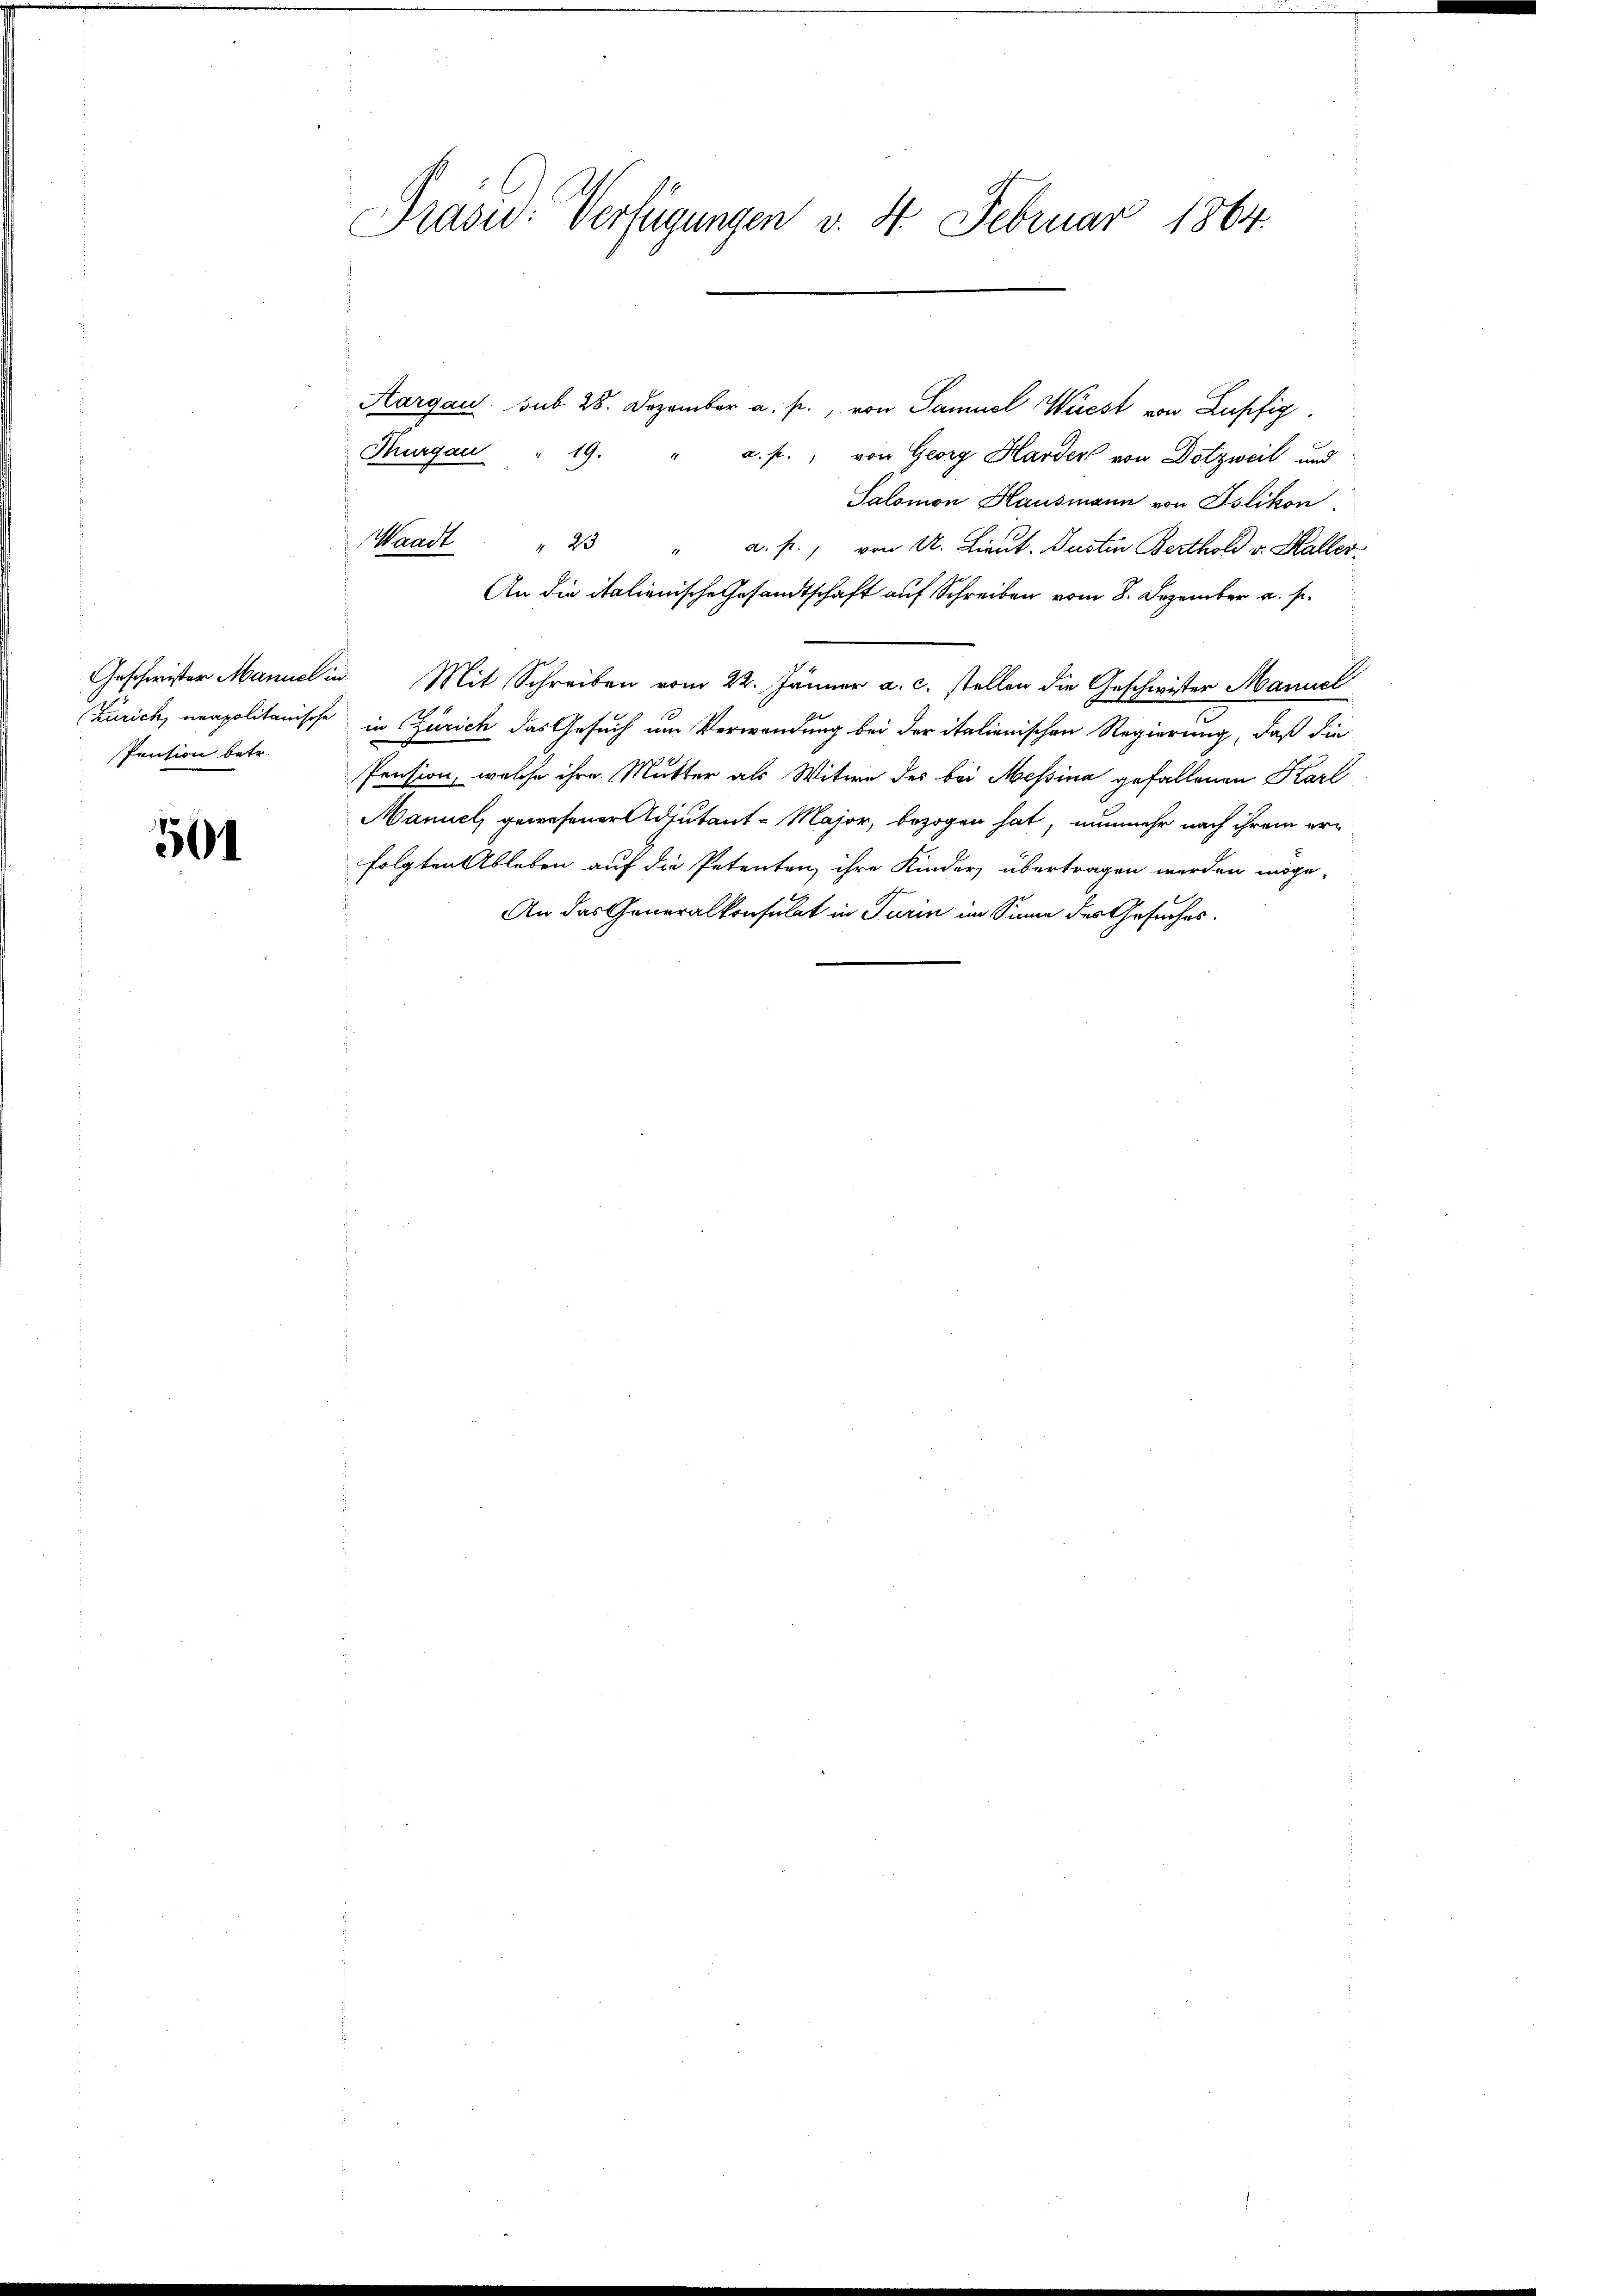
Pension betr.

501

Präsid. Verfügungen v. 4. Februar 1864.

Aargau sub 28. Dezember a. p., von Samuel Wüest von Lupfig
Thurgau " 19. " a. f., von Georg Harden von Dotzweil und
Salomon Hausmann von Islikon,
" 23 " a. p., von U. Lieut. Justin Berthold v. Kaller¬
An die italienische Gesandtschaft auf Schreiben vom 8. Dezember a. s.
Geschwister Manuel in Mit Schreiben vom 22. Jänner a. c. stellen die Geschwister Manuel
Zürich, unapolitanische in Zürich das Gesuch um Verwendung bei der italionischen Regierung, daß die
Pension, welche ihre Mutter als Witwe des bei Messina gefallenen Karl-
Maniel, gewesener Adjutant-Major, bezogen hat, nunmehr nach ihrem erfolgten Ableben auf die Petenten ihre Kinder übertragen werden möge.
An das Generalkonsulat in Turin im Sinne des Gesuches.

Waadt